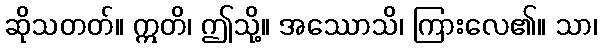
ဆိုသတတ်။ ဣတိ၊ ဤသို့။ အဿောသိ၊ ကြားလေ၏။ သာ၊